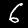
Label: 6